Vaccine operations Central Provinces 1868-1885 - 1868-1885
Year: 1868
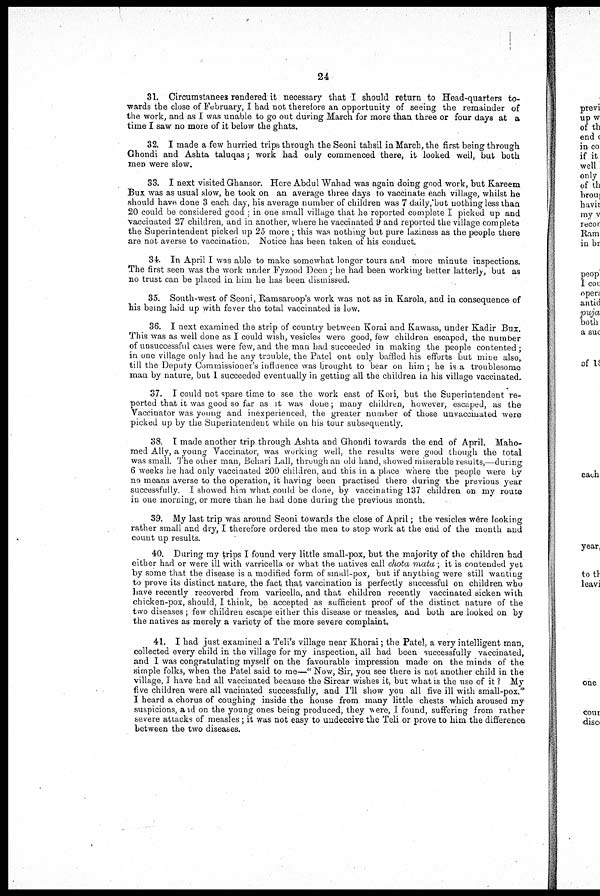
24
31. Circumstanees rendered it necessary that I should return to Head-quarters to-
wards the close of February, I had not therefore an opportunity of seeing the remainder of
the work, and as I was unable to go out during March for more than three or four days at a
time I saw no more of it below the ghats.
32. I made a few hurried trips through the Seoni tahsil in March, the first being through
Ghondi and Ashta taluqas; work had only commenced there, it looked well, but both
men were slow.
33. I next visited Ghansor. Here Abdul Wahad was again doing good work, but Kareem
Bux was as usual slow, he took on an average three days to vaccinate each village, whilst he
should have done 3 each day, his average number of children was 7 daily , but nothing less than
20 could be considered good in one small village that he reported complete I picked up and
vaccinated 27 children, and in another, where he vaccinated 9 and reported the village complete
the Superintendent picked up 25 more; this was nothing but pure laziness as the people there
are not averse to vaccination. Notice has been taken of his conduct.
34. In April I was able to make somewhat longer tours and more minute inspections.
The first seen was the work under Fyzood Deen ; he had been working better latterly, but as
no trust can be placed in him he has been dismissed.
35. South-west of Seoni, Ramsaroop's work was not as in Karola, and in consequence- of
his being laid up with fever the total vaccinated is low.
36. I next examined the strip of country between Korai and Kawasa, under Kadir Bux.
This was as well done as I could wish, vesicles were good, few children escaped, the number
of unsuccessful cases were few, and the man had succeeded in making the people contented;
in one village only had he any trouble, the Patel ont only baffled his efforts but mine also,
till the Deputy Commissioner's influence was brought to bear on him ; he is a troublesome
man by nature, but I succeeded eventually in getting all the children in his village vaccinated.
37. I could not spare time to see the work east of Kori, but the Superintendent re-
ported that it was good so far as it was done; many children, however, escaped, as the
Vaccinator was young and inexperienced, the greater number of those unvaccinated were
picked up by the Superintendent while on his tour subsequently.
38. I made another trip through Ashta and Ghondi towards the end of April. Maho-
med Ally, a young Vaccinator, was working well, the results were good though the total
was small. The other man, Behari Lall, through an old hand, showed miserable results,—during
6 weeks he had only vaccinated 200 children, and this in a place where the people were by
no means averse to the operation, it having been practised there during the previous year
successfully. I showed him what could be done, by vaccinating 137 children on my route
in one morning, or more than he had done during the previous month.
39. My last trip was around Seoni towards the close of April; the vesicles were looking
rather small and dry, I therefore ordered the men to stop work at the end of the month and
count up results.
40. During my trips I found very little small-pox, but the majority of the children had
either had or were ill with varricella or what the natives call chota mata; it is contended yet
by some that the disease is a modified form of small-pox, but if anything were still wanting
to prove its distinct nature, the fact that vaccination is perfectly successful on children who
have recently recovered from varicella, and that children recently vaccinated sicken with
chicken-pox, should, I think, be accepted as sufficient proof of the distinct nature of the
two diseases ; few children escape either this disease or measles, and both are looked on by
the natives as merely a variety of the more severe complaint.
41. I had just examined a Teli's village near Khorai; the Patel, a very intelligent man,
collected every child in the village for my inspection, all had been successfully vaccinated,
and I was congratulating myself on the favourable impression made on the minds of the
simple folks, when the Patel said to me—" Now, Sir, you see there is not another child in the
village, I have had all vaccinated because the Sircar wishes it, but what is the use of it ? My
five children were all vacinated successfully, and I'll show you all five ill with small-pox."
I heard a chorus of coughing inside the house from many little chests which aroused my
suspicions, and on the young ones being produced, they were, I found, suffering from rather
severe attacks of measles; it was not easy to undeceive the Teli or prove to him the difference
between the two diseases.